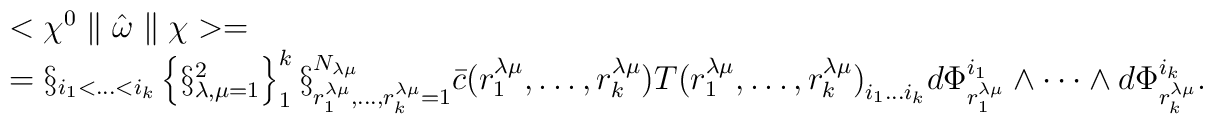
\begin{array}{l}<\chi^{0}\parallel \hat{\omega} \parallel\chi>= \\=\S_{i_{1}<\ldots<i_{k}}\left\{\S_{\lambda,\mu=1}^{2}\right\}_{1}^{k}\S_{r_{1}^{\lambda\mu},\ldots ,r_{k}^{\lambda\mu}=1}^{N_{\lambda\mu}}\bar{c}(r_{1}^{\lambda\mu},\ldots ,r_{k}^{\lambda\mu}){T(r_{1}^{\lambda\mu},\ldots ,r_{k}^{\lambda\mu})}_{i_{1}\ldots i_{k}}d\Phi^{i_{1}}_{r_{1}^{\lambda\mu}}\wedge\cdots\wedge d\Phi^{i_{k}}_{r_{k}^{\lambda\mu}}.\end{array}